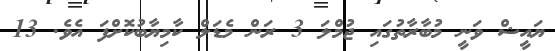
ޔައީޝް ވަނީ މުބާރާތުގައި ޖުމްލަ 3 ރަން މެޑަލް ކާމިޔާބުކޮށްފަ އެވެ. 13